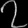
Digit: ၇